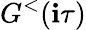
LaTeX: G^{<}(\mathbf{i}\tau)